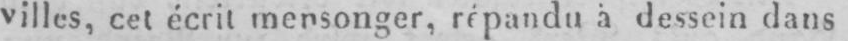
villes, cet écrit mensonger, répandu à dessein dans